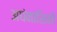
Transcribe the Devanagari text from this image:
अघंनाशिनी